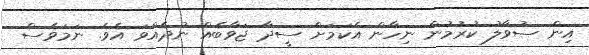
އިން ސުވާލު ކުރުމުން ނިހާން އެކަމަށް ސީދާ ޖަވާބެއް ނުދެއްވަ އެވެ. ނަމަވެސް